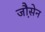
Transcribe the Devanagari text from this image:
जौ़सेन